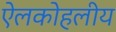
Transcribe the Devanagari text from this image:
ऐलकोहलीय